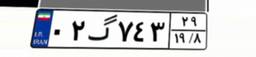
۰۲گ۷۴۳۲۹